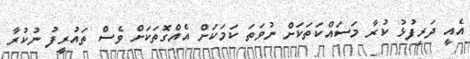
އެއީ ދަރިފުޅު ކުރާ މަސައްކަތަކަށް ނުވަތަ ކަމަކަށް އެއްގޮތަކަށް ވެސް ތައުރީފު ނުކުރާ